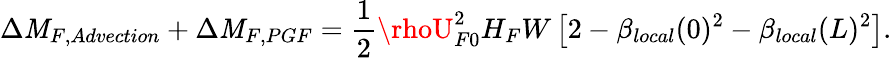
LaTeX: \Delta\mathit{M}_{F,Advection}+\Delta\mathit{M}_{F,PGF}=\frac{{1}}{{2}}\rhoU_{F0}^{2}H_{F}W\left[2-\beta_{local}(0)^{2}-\beta_{local}(L)^{2}\right].